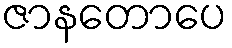
ဇာနတောပေ